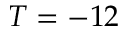
T = - 1 2